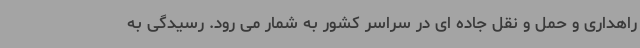
راهداری و حمل و نقل جاده ای در سراسر کشور به شمار می رود. رسیدگی به